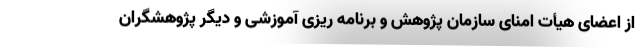
از اعضای هیأت امنای سازمان پژوهش و برنامه ریزی آموزشی و دیگر پژوهشگران